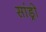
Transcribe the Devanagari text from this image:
सांड्रो